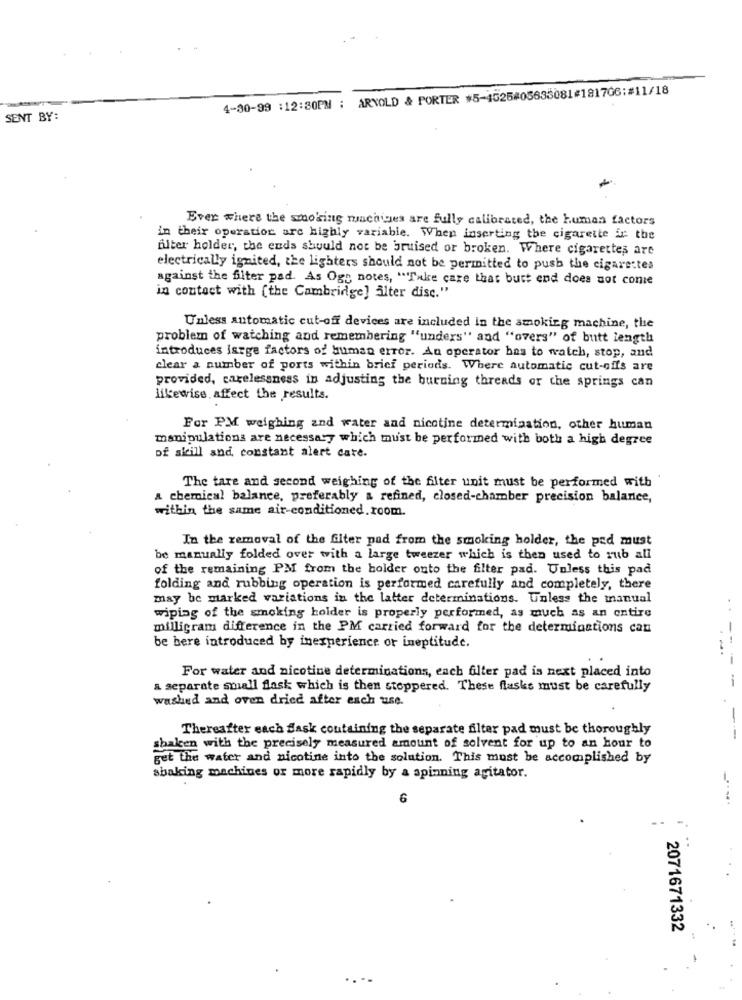
4-30-99 :12:30PM : ARNOLD & PORTER #5-4525#05633081#181706;#11/18
SENT BY:
Ever where the smoking machines are fully calibrated, the human factors
in their operation are highly variable. When inserting the cigarette in the
fiter holder, the ends should not be bruised or broken. Where cigarettes are
electrically ignited, the lighters should not be permitted to push the cigarettes
against the filter pad. As Og; notes, "Take care that butt end does not come
in contact with (the Cambridge] alter disc."
Unless automatic cut-off devices are included in the smoking machine, the
problem of watching and remembering "unders" and "overs" of butt length
introduces large factors of human error. An operator has to watch, stop, and
clear a number of ports within brief periods. Where automatic cut-offs are
provided, carelessness in adjusting the burning threads or the springs can
likewise affect the results.
For PM weighing and water and nicotine determination, other human
manipulations are necessary which must be performed with both a high degree
of skill and constant alert cate.
The tare and second weighing of the filter unit must be performed with
a chemical balance, preferably a refined, closed-chamber precision balance,
within the same air-conditioned.room.
In the removal of the filter pad from the smoking holder, the pad must
be manually folded over with a large tweezer which is then used to rub all
of the remaining PM from the holder onto the filter pad. Unless this pad
folding and rubbing operation is performed carefully and completely, there
may be marked variations in the latter determinations. Unless the manual
wiping of the smoking holder is properly performed, as much as an entire
milligram difference in the PM carried forward for the determinations can
be bere introduced by inexperience or ineptitude.
For water and nicotine determinations, each filter pad is next placed into
-
a separate small flask which is then stoppered. These flasks must be carefully
washed and oven dried after each use.
-
Thereafter each Sask containing the separate filter pad must be thoroughly
---
shaken with the precisely measured amount of solvent for up to an hour to
get the water and nicotine into the solution. This must be accomplished by
shaking machines or more rapidly by a spinning agitator.
6
-
...
2071671332